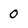
Character: 0